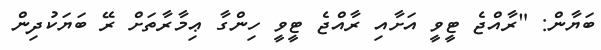
ބަޔާން: "ރާއްޖެ ޓީވީ އަށާއި ރާއްޖެ ޓީވީ ހިންގާ ޢިމާރާތަށް ރޭ ބަޔަކުދިން